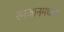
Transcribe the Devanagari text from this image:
रमजानमधला